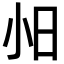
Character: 𫴸